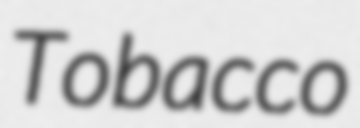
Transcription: Tobacco